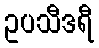
ဥပသီဒရီ